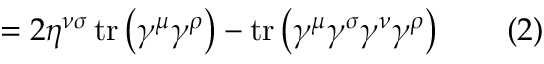
= 2 \eta ^ { \nu \sigma } \operatorname { t r } \left( \gamma ^ { \mu } \gamma ^ { \rho } \right) - \operatorname { t r } \left( \gamma ^ { \mu } \gamma ^ { \sigma } \gamma ^ { \nu } \gamma ^ { \rho } \right) \quad \quad ( 2 )